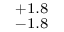
^ { + 1 . 8 } _ { - 1 . 8 }